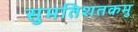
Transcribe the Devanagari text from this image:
सुमतिशतकमु